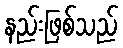
နည်းဖြစ်သည်